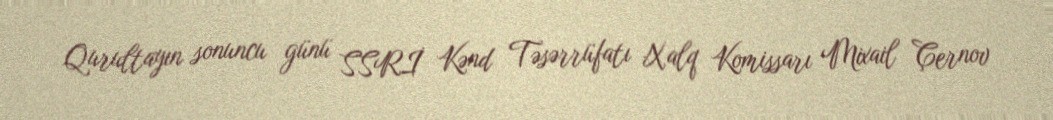
Qurultayın sonuncu günü SSRİ Kənd Təsərrüfatı Xalq Komissarı Mixail Çernov